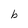
Character: b